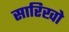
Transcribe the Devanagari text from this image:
सारिखो